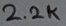
Text: 2.2K